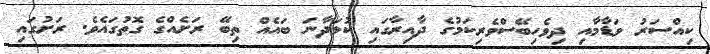
ކިއްސަރު ވަޑާމާއި ދިވެހިބޭސްވެރިކަމުގެ ދާއިރާގައި ކުޅަދާނަ ބައެއް ތިބޭ ރަށެއްގެ ގޮތުގައެވެ. ރަށުގައި